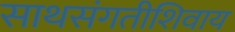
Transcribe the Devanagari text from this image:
साथसंगतीशिवाय